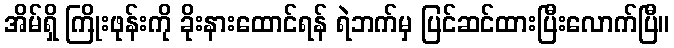
အိမ်ရှိ ကြိုးဖုန်းကို ခိုးနားထောင်ရန် ရဲဘက်မှ ပြင်ဆင်ထားပြီးလောက်ပြီ။